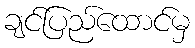
ချင်ပြည်ထောင်မှ